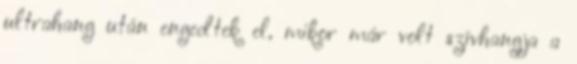
ultrahang után engedtek el, mikor már volt szívhangja a